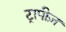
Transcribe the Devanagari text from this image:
ट्रापीज़